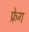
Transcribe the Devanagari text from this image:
फ्रेग